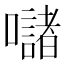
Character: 𱕣